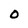
Character: 0